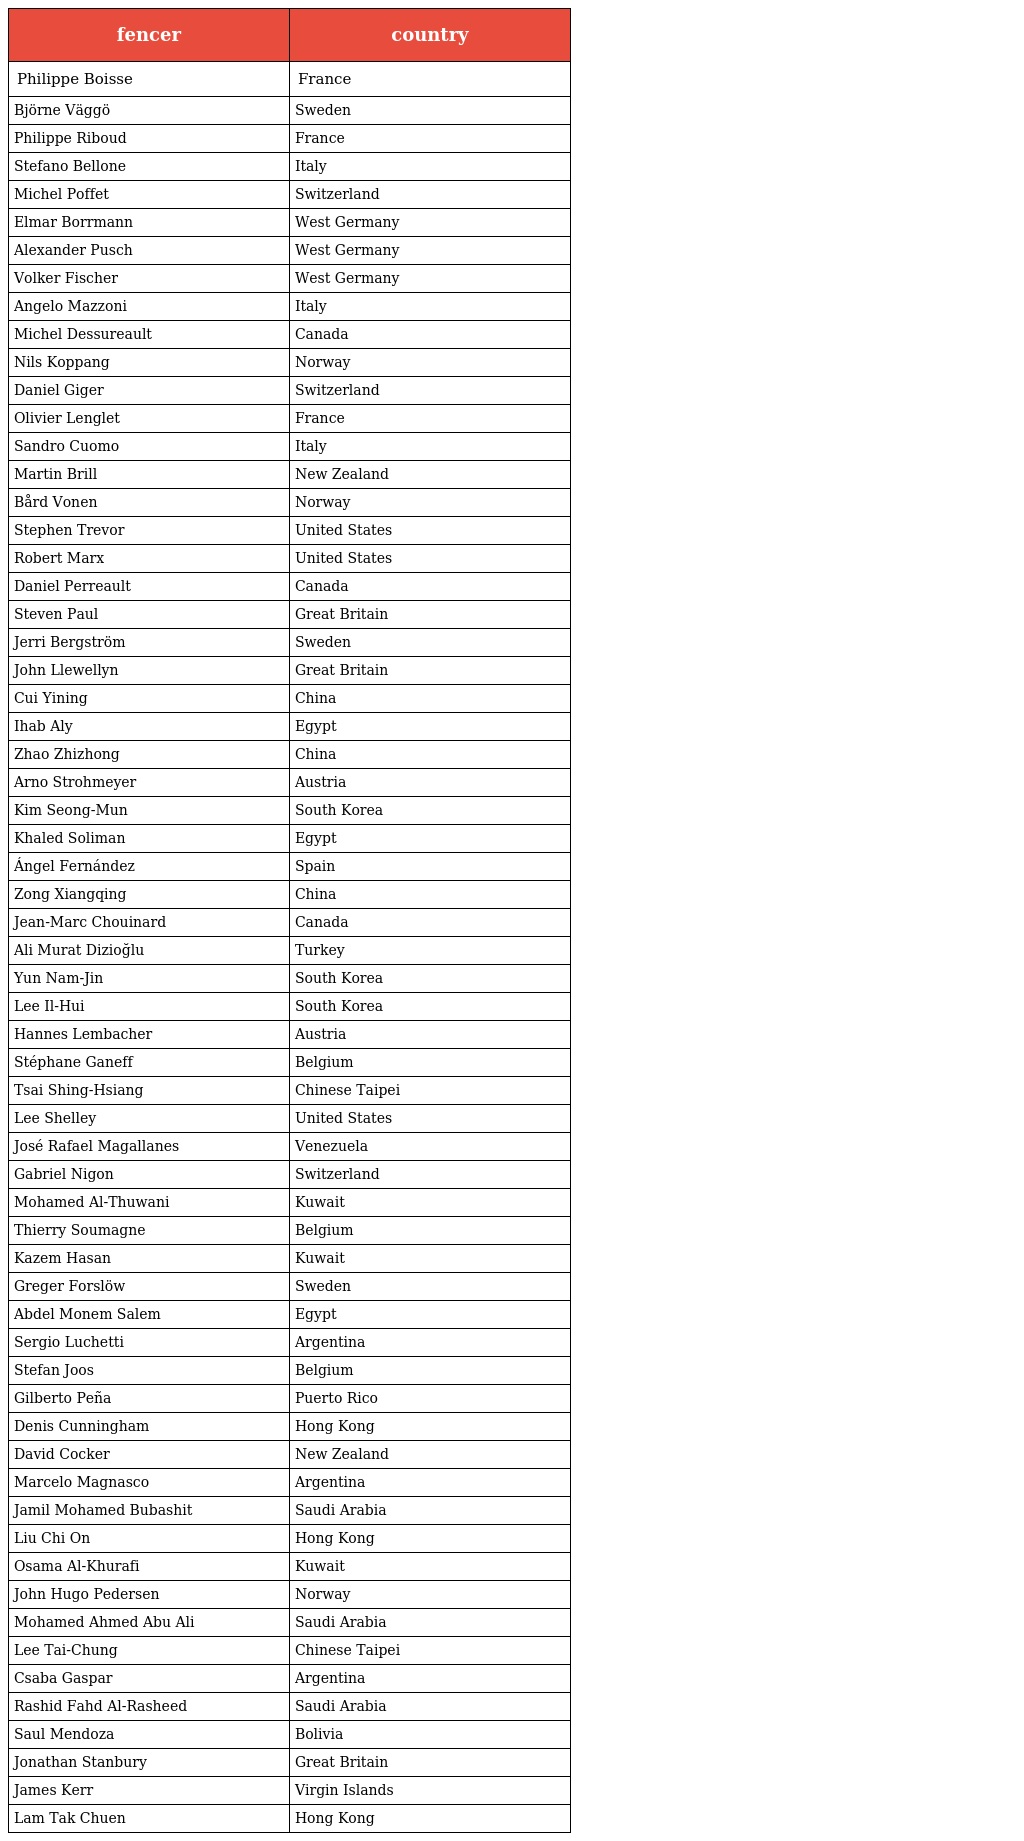
| fencer | country |
 | --- | --- |
 | Philippe Boisse | France |
 | Björne Väggö | Sweden |
 | Philippe Riboud | France |
 | Stefano Bellone | Italy |
 | Michel Poffet | Switzerland |
 | Elmar Borrmann | West Germany |
 | Alexander Pusch | West Germany |
 | Volker Fischer | West Germany |
 | Angelo Mazzoni | Italy |
 | Michel Dessureault | Canada |
 | Nils Koppang | Norway |
 | Daniel Giger | Switzerland |
 | Olivier Lenglet | France |
 | Sandro Cuomo | Italy |
 | Martin Brill | New Zealand |
 | Bård Vonen | Norway |
 | Stephen Trevor | United States |
 | Robert Marx | United States |
 | Daniel Perreault | Canada |
 | Steven Paul | Great Britain |
 | Jerri Bergström | Sweden |
 | John Llewellyn | Great Britain |
 | Cui Yining | China |
 | Ihab Aly | Egypt |
 | Zhao Zhizhong | China |
 | Arno Strohmeyer | Austria |
 | Kim Seong-Mun | South Korea |
 | Khaled Soliman | Egypt |
 | Ángel Fernández | Spain |
 | Zong Xiangqing | China |
 | Jean-Marc Chouinard | Canada |
 | Ali Murat Dizioğlu | Turkey |
 | Yun Nam-Jin | South Korea |
 | Lee Il-Hui | South Korea |
 | Hannes Lembacher | Austria |
 | Stéphane Ganeff | Belgium |
 | Tsai Shing-Hsiang | Chinese Taipei |
 | Lee Shelley | United States |
 | José Rafael Magallanes | Venezuela |
 | Gabriel Nigon | Switzerland |
 | Mohamed Al-Thuwani | Kuwait |
 | Thierry Soumagne | Belgium |
 | Kazem Hasan | Kuwait |
 | Greger Forslöw | Sweden |
 | Abdel Monem Salem | Egypt |
 | Sergio Luchetti | Argentina |
 | Stefan Joos | Belgium |
 | Gilberto Peña | Puerto Rico |
 | Denis Cunningham | Hong Kong |
 | David Cocker | New Zealand |
 | Marcelo Magnasco | Argentina |
 | Jamil Mohamed Bubashit | Saudi Arabia |
 | Liu Chi On | Hong Kong |
 | Osama Al-Khurafi | Kuwait |
 | John Hugo Pedersen | Norway |
 | Mohamed Ahmed Abu Ali | Saudi Arabia |
 | Lee Tai-Chung | Chinese Taipei |
 | Csaba Gaspar | Argentina |
 | Rashid Fahd Al-Rasheed | Saudi Arabia |
 | Saul Mendoza | Bolivia |
 | Jonathan Stanbury | Great Britain |
 | James Kerr | Virgin Islands |
 | Lam Tak Chuen | Hong Kong |